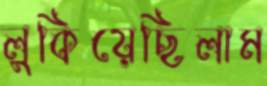
লুকিয়েছিলাম